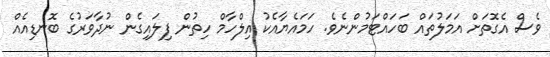
ވެސް އެގޮތަށް އަމަލުތައް ބަހައްޓަމުންނެވެ. ހަމައެޔާއެކު އިލްހާމް ހިތުން ފިލައިގެން ނުދާވަރުގެ ބޮނޑިއެއް